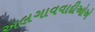
અલગાવવાદીઓએ